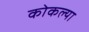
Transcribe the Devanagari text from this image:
कोकल्या